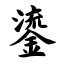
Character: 鎏